Applicability to medico-legal practice in India of the biochemical tests for the origin of blood-stains - Number 39
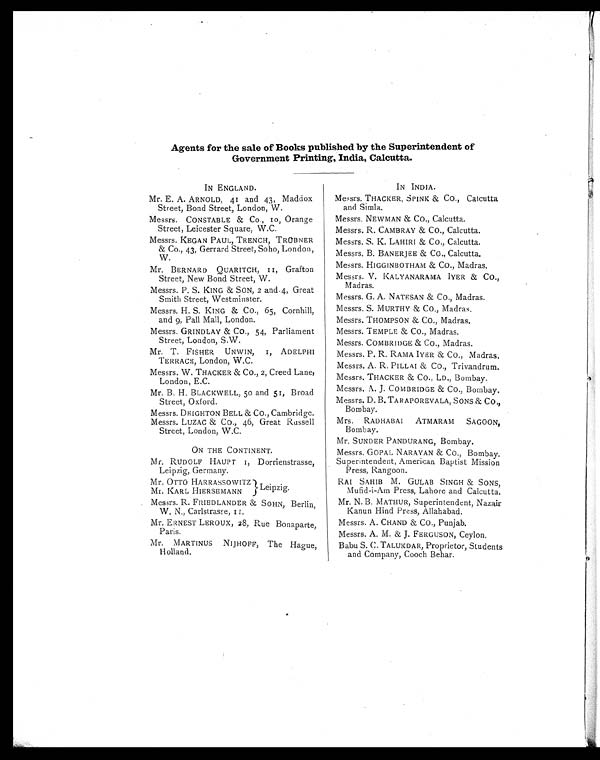
Agents for the sale of Books published by the Superintendent of
Government Printing, India, Calcutta.
IN ENGLAND.
Mr. E. A. ARNOLD, 41 and 43, Maddox
Street, Bond Street, London, W.
Messrs. CONSTABLE & CO., 10, Orange
Street, Leicester Square, W.C.
Messrs. KEGAN PAUL, TRENCH, TRÜBNER
& CO., 43, Gerrard Street, Soho, London,
W.
Mr. BERNARD QUARITCH, 11, Grafton
Street, New Bond Street, W.
Messrs. P. S. KING & SON, 2 and 4, Great
Smith Street, Westminster.
Messrs. H. S. KING & CO., 65, Cornhill,
and 9, Pall Mall, London.
Messrs. GRINDLAY & CO., 54, Parliament
Street, London, S.W.
Mr. T. FISHER UNWIN, 1, ADELPHI
TERRACE, London, W.C.
Messrs. W. THACKER & CO., 2, Creed Lane,
London, E.C.
Mr. B. H. BLACKWELL, 50 and 51, Broad
Street, Oxford.
Messrs. DEIGHTON BELL & CO., Cambridge.
Messrs. LUZAC & CO., 46, Great Russell
Street, London, W.C.
ON THE CONTINENT.
Mr. RUDOLF HAUPT 1, Dorrienstrasse,
Leipzig, Germany.
Mr, OTTO HARRASSOWITZ
Mr. KARL HIERSEMANN
Messrs. R. FRIEDLANDER & SOHN, Berlin,
W. N., Carlstrasse, 11.
Mr. ERNEST LEROUX, 28, Rue Bonaparte,
Paris.
Mr. MARTINUS NIJHOFF, The Hague,
Holland.
IN INDIA.
Messrs. THACKER, SPINK & CO., Calcutta
and Simla.
Messrs. NEWMAN & CO., Calcutta.
Messrs. R. CAMBRAY & CO., Calcutta.
Messrs. S. K. LAHIRI & CO., Calcutta.
Messrs. B. BANERJEE & CO., Calcutta.
Messrs. HIGGINBOTHAM & CO., Madras.
Messrs. V. KALYANARAMA IYER & CO.,
Madras.
Messrs. G. A. NATESAN & CO., Madras.
Messrs. S. MURTHY & CO., Madras.
Messrs. THOMPSON & CO., Madras.
Messrs. TEMPLE & CO., Madras.
Messrs. COMBRIDGE & CO., Madras.
Messrs. P. R. RAMA IYER & CO., Madras.
Messrs. A. R. PILLAI & CO., Trivandrum.
Messrs. THACKER & CO., LD., Bombay.
Messrs. A. J. COMBRIDGE & CO., Bombay.
Messrs. D. B. TARAPOREVALA, SONS & CO.,
Bombay.
Mrs. RADHABAI ATMARAM SAGOON,
Bombay.
Mr. SUNDER PANDURANG, Bombay.
Messrs. GOPAL NARAYAN & CO., Bombay.
Superintendent, American Baptist Mission
Press, Rangoon.
RAI SAHIB M. GULAB SINGH & SONS,
Mufid-i-Am Press, Lahore and Calcutta.
Mr. N. B. MATHUR, Superintendent, Nazair
Kanun Hind Press, Allahabad.
Messrs. A. CHAND & CO., Punjab.
Messrs. A. M. & J. FERGUSON, Ceylon.
Babu S. C. TALUKDAR, Proprietor, Students
and Company, Cooch Behar.
Leipzig.